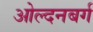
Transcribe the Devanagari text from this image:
ओल्दनबर्ग